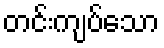
တင်းကျပ်သော